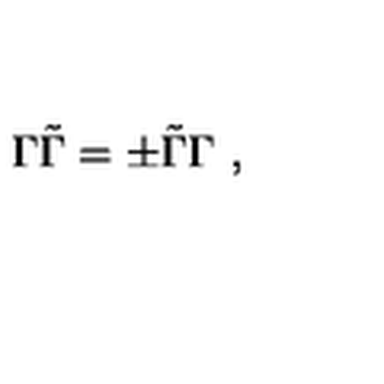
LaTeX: \Gamma \tilde { \Gamma } = \pm \tilde { \Gamma } \Gamma \ ,